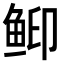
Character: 䲟